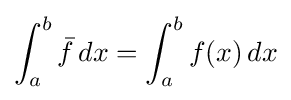
\int _{a}^{b}{\bar {f}}\,dx=\int _{a}^{b}f(x)\,dx